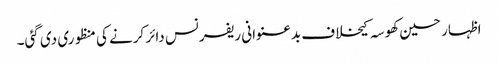
اظہار حسین کھوسہ کیخلاف بدعنوانی ریفرنس دائر کرنے کی منظوری دی گئی۔